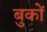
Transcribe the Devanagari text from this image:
बुकों